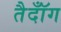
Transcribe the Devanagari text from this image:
तैदॉँग